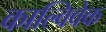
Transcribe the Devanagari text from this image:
काल्विवेक